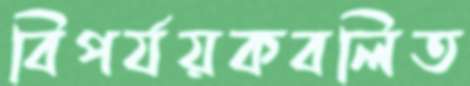
বিপর্যয়কবলিত